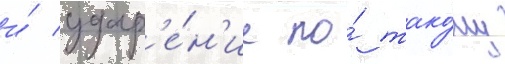
и́ удар'е́н'ие по́ тако́му